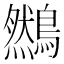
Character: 䳿